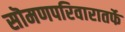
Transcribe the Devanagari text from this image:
सॊमणपरिवारातर्फे